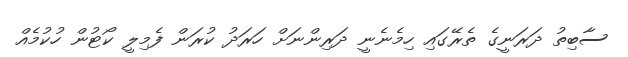
ސާބިތު ދަރަނީގެ ތެރޭގައި ހިމެނެނީ ދަރިންނަށް ހަރަދު ކުރަން ފެމިލީ ކޯޓުން ހުކުމެއް